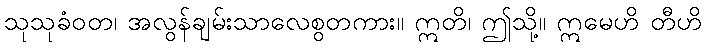
သုသုခံဝတ၊ အလွန်ချမ်းသာလေစွတကား။ ဣတိ၊ ဤသို့။ ဣမေဟိ တီဟိ